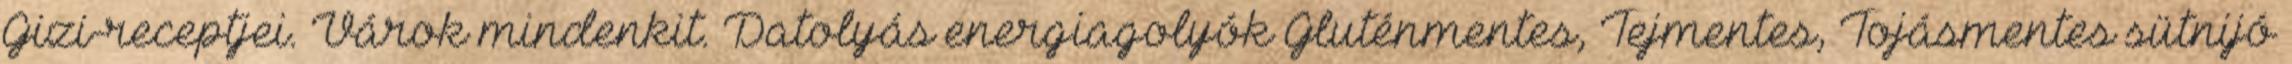
Gizi-receptjei. Várok mindenkit. Datolyás energiagolyók Gluténmentes, Tejmentes, Tojásmentes sütnijó